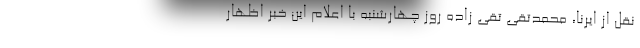
نقل از ایرنا، محمدتقی تقی زاده روز چهارشنبه با اعلام این خبر اظهار